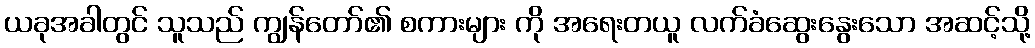
ယခုအခါတွင် သူသည် ကျွန်တော်၏ စကားများ ကို အရေးတယူ လက်ခံဆွေးနွေးသော အဆင့်သို့